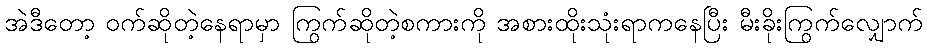
အဲဒီတော့ ဝက်ဆိုတဲ့နေရာမှာ ကြွက်ဆိုတဲ့စကားကို အစားထိုးသုံးရာကနေပြီး မီးခိုးကြွက်လျှောက်